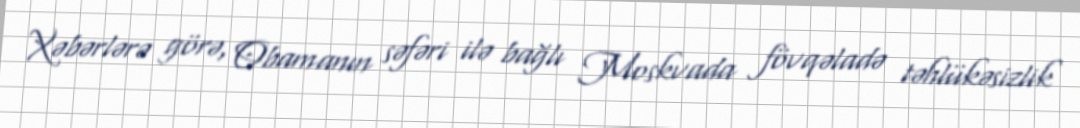
Xəbərlərə görə, Obamanın səfəri ilə bağlı Moskvada fövqəladə təhlükəsizlik